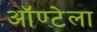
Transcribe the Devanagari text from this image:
ऑण्टेला